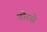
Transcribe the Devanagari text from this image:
नौरसे